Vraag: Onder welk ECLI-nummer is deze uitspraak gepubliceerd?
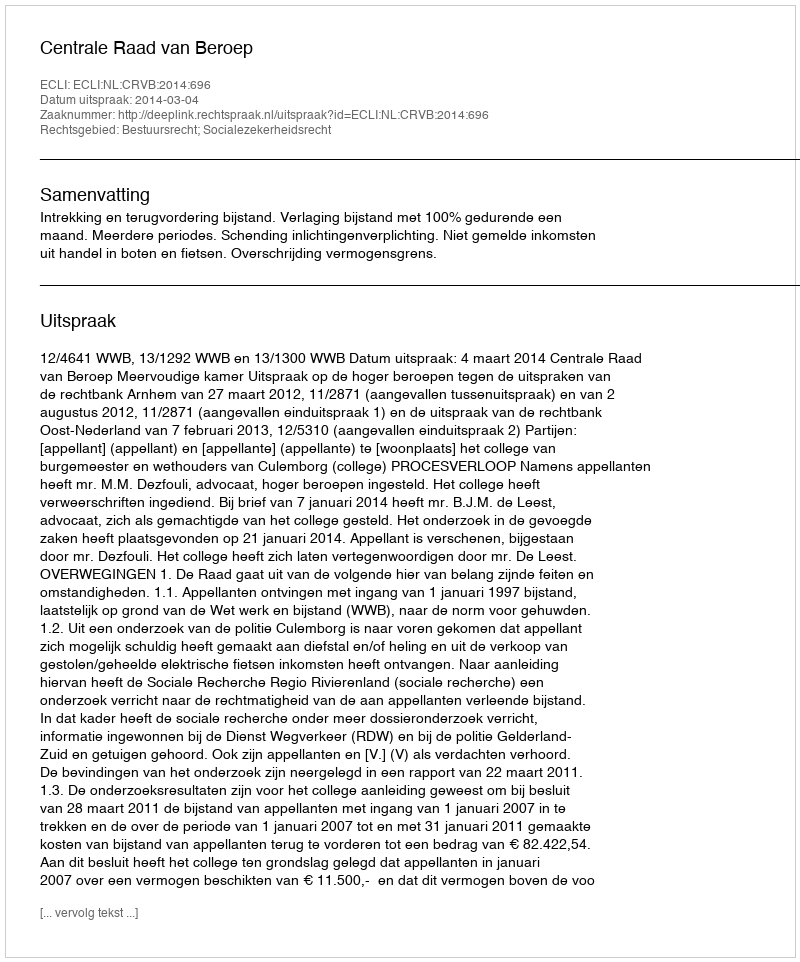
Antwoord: ECLI:NL:CRVB:2014:696